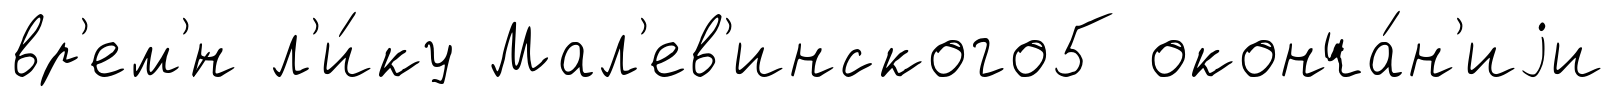
вр'ем'́н л'и́ку Мал'ев'инского5 оконча́н'иjи